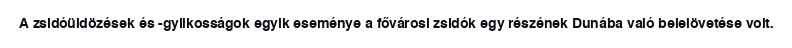
A zsidóüldözések és -gyilkosságok egyik eseménye a fővárosi zsidók egy részének Dunába való belelövetése volt.